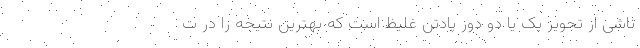
ناشی از تجویز یک یا دو دوز پادتن غلیظ است که بهترین نتیجه را در ت